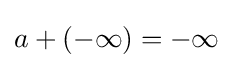
a+(-\infty )=-\infty